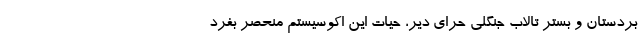
بردستان و بستر تالاب جنگلی حرای دیر، حیات این اکوسیستم منحصر بفرد